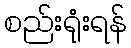
စည်းရုံးရန်